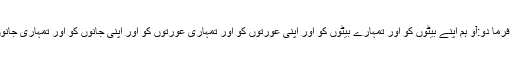
تمہارے پاس علم آ جانے کے بعد جو تم سے عیسی کے بارے میں جھگڑا کریں تو تم ان سے فرما دو:آو ہم اپنے بیٹوں کو اور تمہارے بیٹوں کو اور اپنی عورتوں کو اور تمہاری عورتوں کو اور اپنی جانوں کو اور تمہاری جانوں کو (مقابلے میں) بلا لیتے ہیں پھر مباہلہ کرتے ہیں اور جھوٹوں پر اللہ کی لعنت ڈالتے ہیں۔